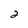
Character: 2